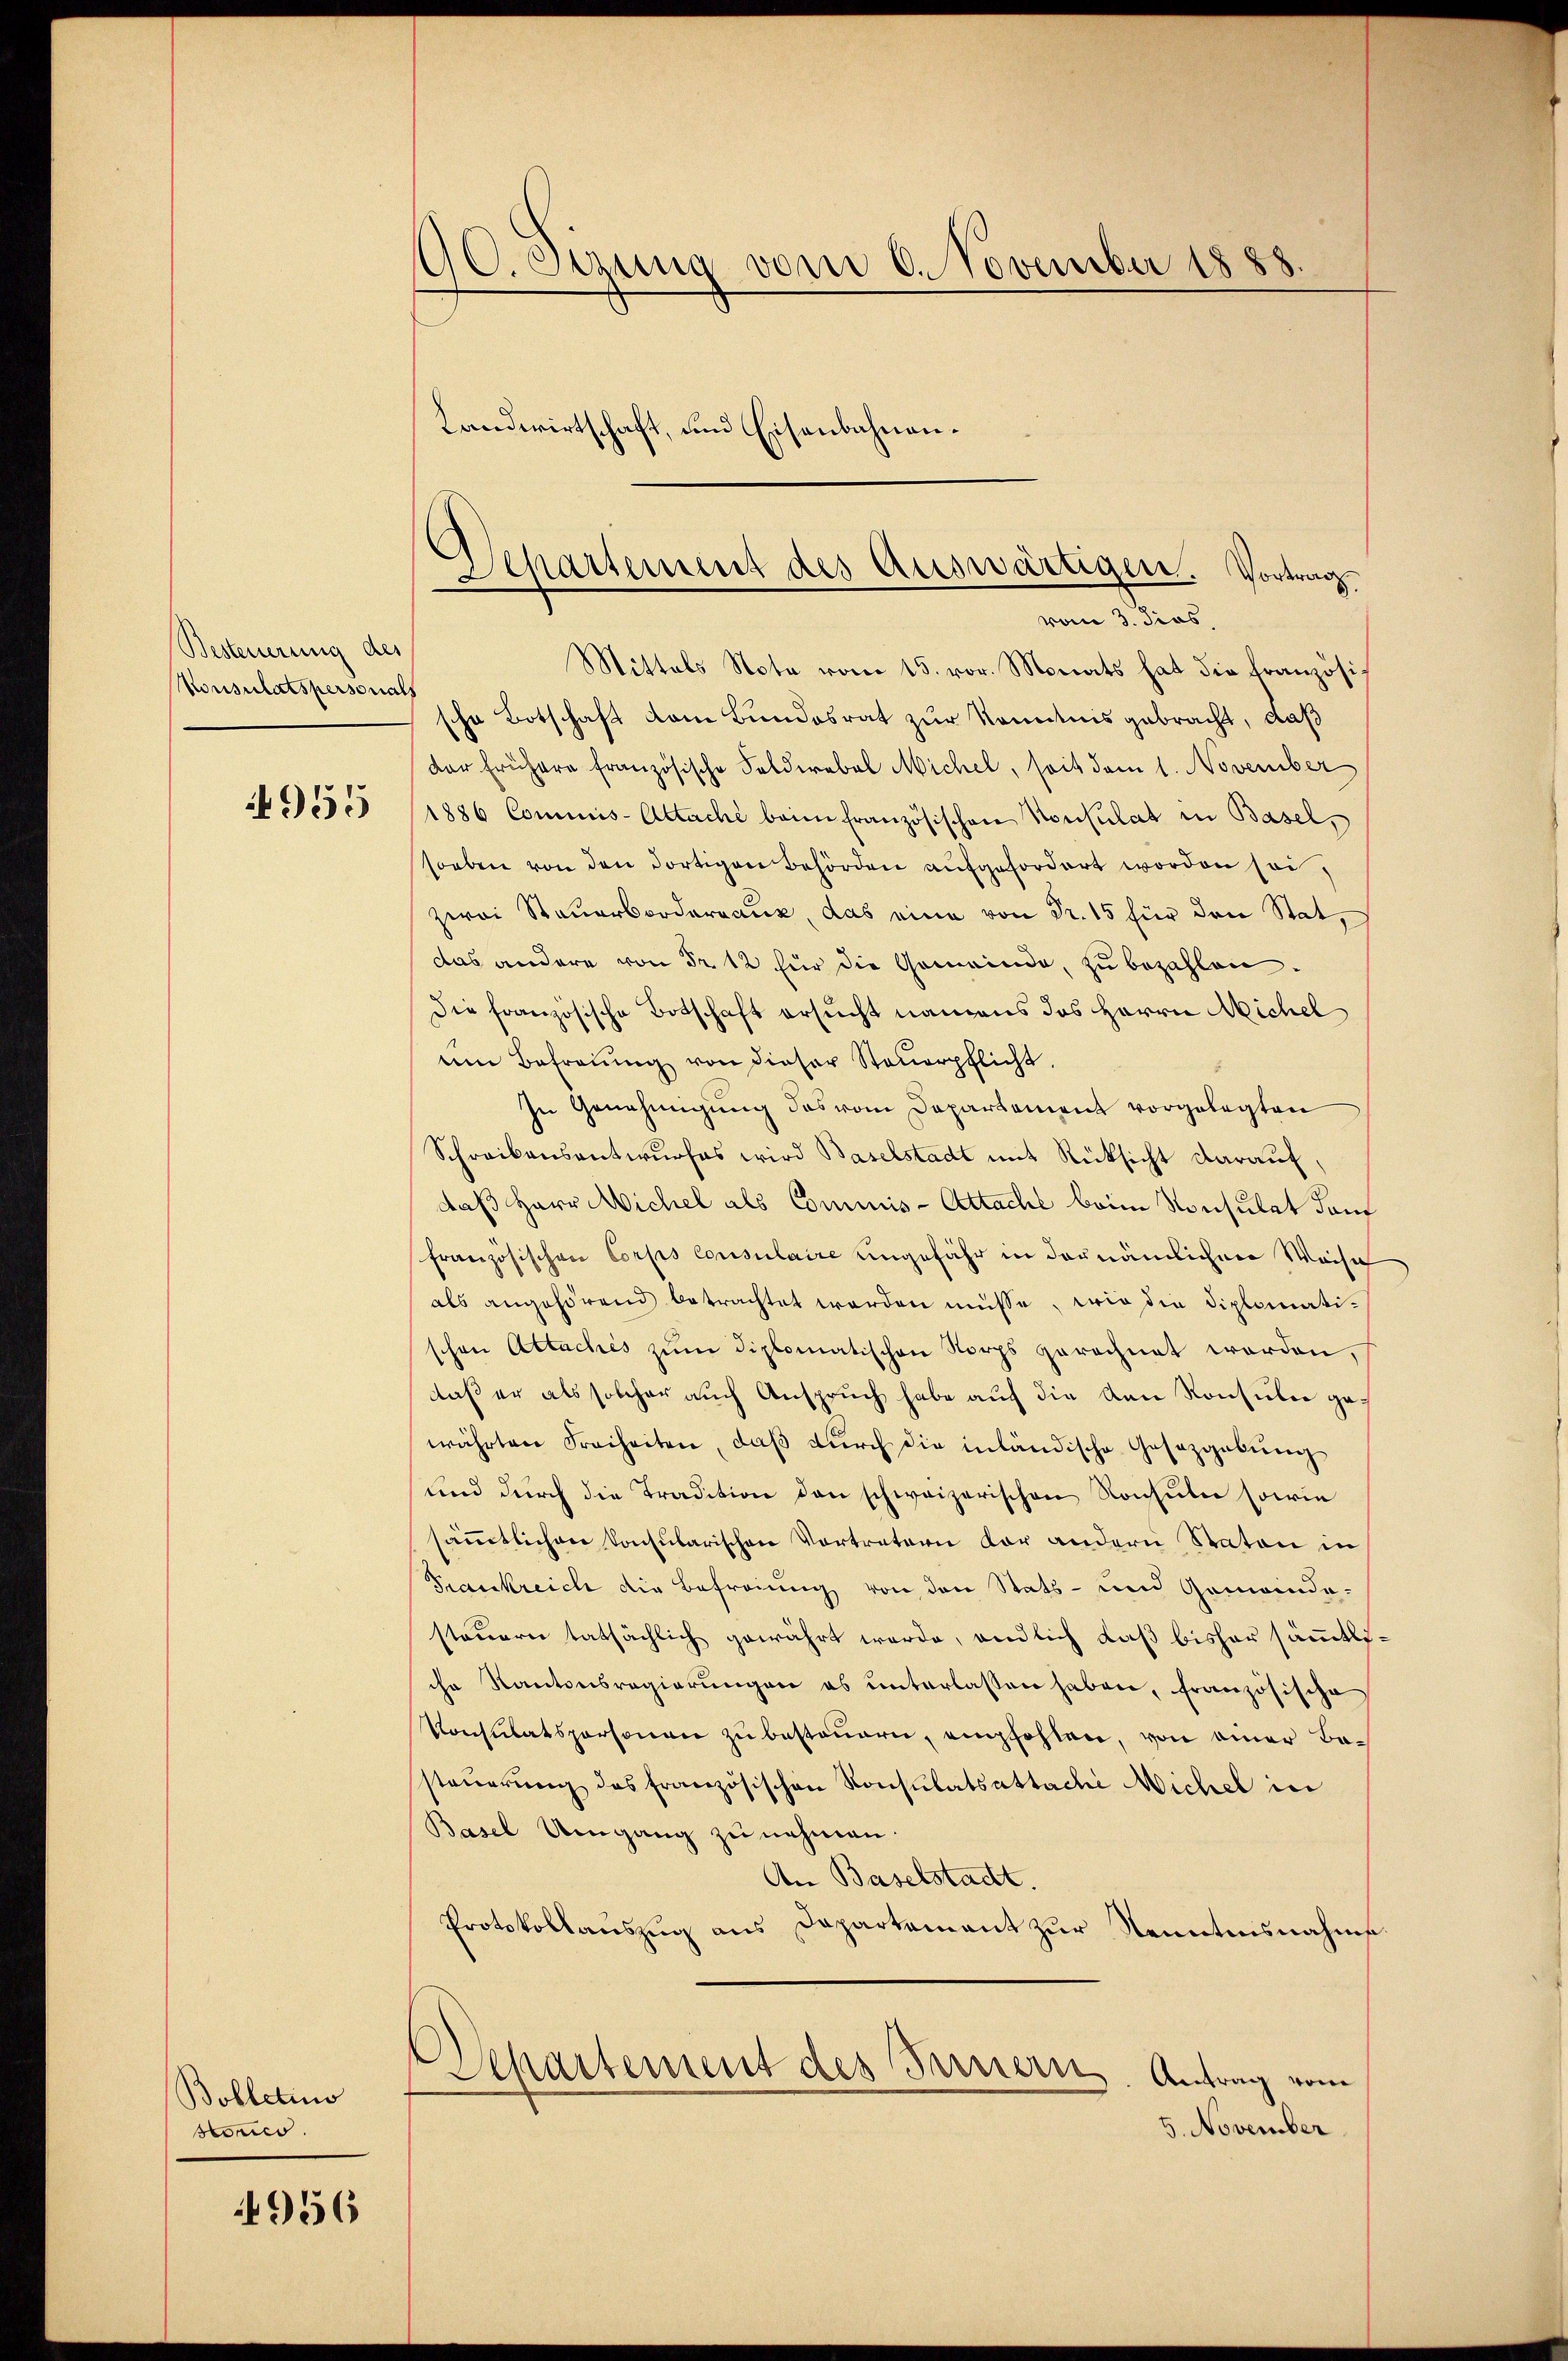
Besteuerung des
Monsulatspersonals
4955

Bolletins
sonis

4956

190. Sitzung vom 6. November 1888.
Landwirtschaft, und Eisenbahnen¬

Mittels Note vom 15. vor. Monats hat die französische Botschaft vom Bundesrat zur Kenntnis gebracht, daß
der frühere französische Solderobel Michel, soit dem 1. November
1886 Commis-Attache beim französischen Konsulat in Basel,
soeben von den dortigen Behörden aŭfgefordert worden sei.
zwei Steuerbrodaraus, das eine von Fr. 15 für den Stat,
das andere von Fr. 12 für die Gemeinde, zu bezahlen.
Die französische Botschaft ersucht namens das Herrn Michel
um Befreiung von dieser Steŭerpflicht.
In Genehmigung des vom Departement vorgelegten
Schreibensentwurfes wird Baselstadt mit Rücksicht darauf,
daß Herr Michel als Commis-Attache beim Konsulat dam
französischen Corps Consulaire ungefähr in dornämlichen Weise
als angehörend betrachtet worden müsse, wie die Diplomatischen Attaches zum diplomatischen Norps gerechnet worden,
daß er als solcher auch Anspruch habe auf die von Konsuler gewährten Freiheiten, daß durch die inländische Gesetzgebung
und durch die Tradition den schweizerischen Konsulen sowie
sämmtlichen konsularischen Vortretern dar andern Staton in
Trankreich die Befreiung von den Stats- und Gemeinde-
steuern tatsächlich gewährt werde, endlich daß bisher sämmtliche Kantonsregierŭngen es ŭnterlassen haben, französische
Konsulatspersonen zu besteuern, empfohlen, von einer Besteŭerŭng des französischen Konsulatsattache Michel in
Basel Umgang zu nehmen.
An Baselstadt.
Protokollauszug aus Departement zur Nenntnisnahms
Aepartement des Fernern. Antrag vom
5. November

Separtement des Auswärtigen. Vortrag
vom 3. dies